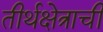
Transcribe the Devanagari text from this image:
तीर्थक्षेत्राची